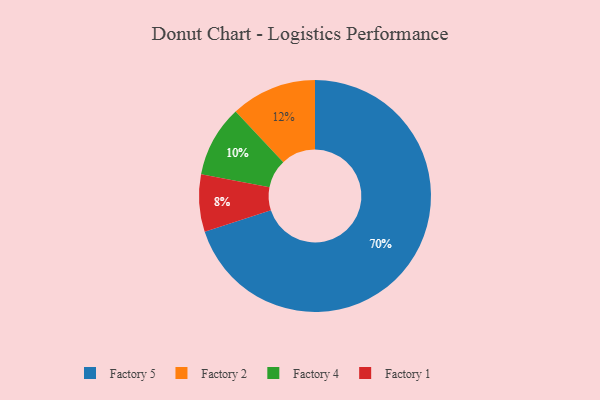
{"axis": {"x": "Category", "y": "Percentage"}, "legend": ["Factory 1", "Factory 2", "Factory 4", "Factory 5"], "data": [{"x": "Factory 5", "y": 70, "type": "Factory 5"}, {"x": "Factory 1", "y": 8, "type": "Factory 1"}, {"x": "Factory 2", "y": 12, "type": "Factory 2"}, {"x": "Factory 4", "y": 10, "type": "Factory 4"}]}